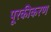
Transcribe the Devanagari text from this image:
पूरकीकरण